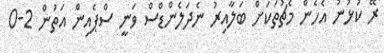
ރޭ ކުޅުނު އެހެން މެޗުތަކަށް ބަލާއިރު ނެދަލެންޑްސް ވަނީ ސްޕެއިން އަތުން 2-0